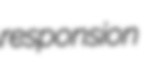
responsion